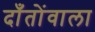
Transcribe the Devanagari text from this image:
दाँतोंवाला